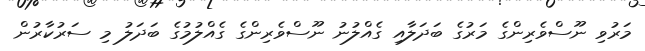
މަރުވި ނޫސްވެރިންގެ މަރުގެ ބަދަލާއި ގެއްލުނު ނޫސްވެރިންގެ ގެއްލުމުގެ ބަދަލު މި ސަރުކާރުން